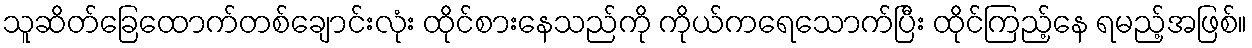
သူဆိတ်ခြေထောက်တစ်ချောင်းလုံး ထိုင်စားနေသည်ကို ကိုယ်ကရေသောက်ပြီး ထိုင်ကြည့်နေ ရမည့်အဖြစ်။